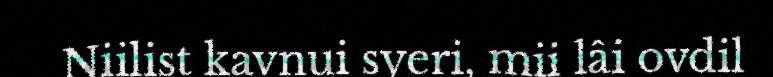
Niilist kavnui syeri, mii lâi ovdil